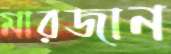
মারজান